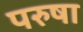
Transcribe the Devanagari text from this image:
परुषा